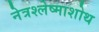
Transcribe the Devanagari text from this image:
नेत्रश्लेष्माशोथ